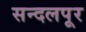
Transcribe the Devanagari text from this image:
सन्दलपूर